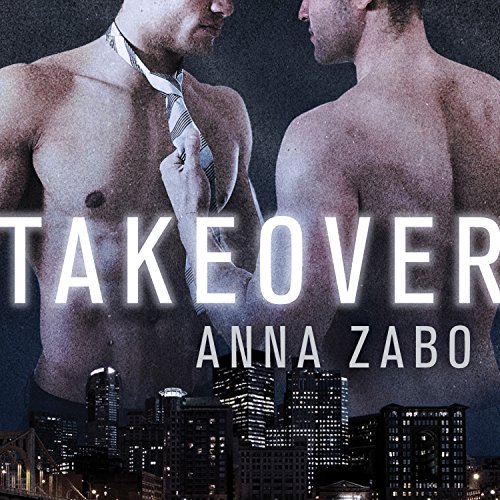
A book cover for Takeover; Anna Zabo; Romance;